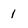
Character: 1